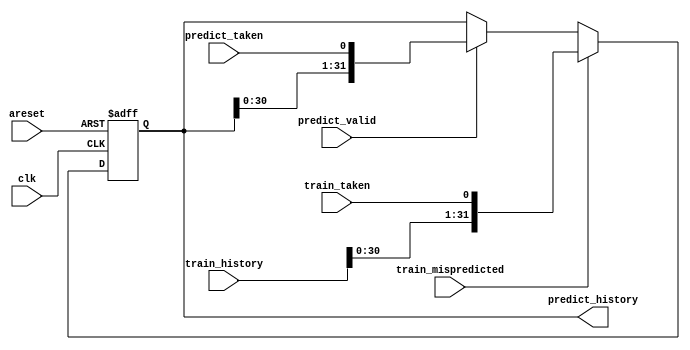
module top_module(
    input clk,
    input areset,

    input predict_valid,
    input predict_taken,
    output [31:0] predict_history,

    input train_mispredicted,
    input train_taken,
    input [31:0] train_history
);

    reg [31:0] n_predict_history;

    always @(*) begin
        if(train_mispredicted) n_predict_history = {train_history[30:0], train_taken};
        else if(predict_valid) n_predict_history = {predict_history[30:0], predict_taken};
        else n_predict_history = predict_history;
    end

    always @(posedge clk, posedge areset) begin
        if(areset) predict_history <= 0;
        else predict_history <= n_predict_history;
    end

endmodule